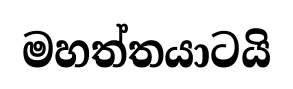
මහත්තයාටයි